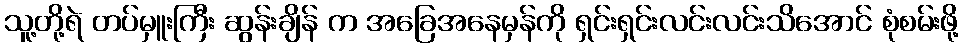
သူ့တို့ရဲ တပ်မှူးကြီး ဆွန်းချိန် က အခြေအနေမှန်ကို ရှင်းရှင်းလင်းလင်းသိအောင် စုံစမ်းဖို့